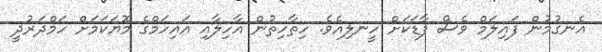
އެނގުމުން ފައިލަމް ވެސް ފާޑަކަށް ހީނލިއެވެ. ހިތާހިތުން އާހިލާއި އައިހަމްގެ މޮޔަކަމަށް ހަމްދަރުދީ